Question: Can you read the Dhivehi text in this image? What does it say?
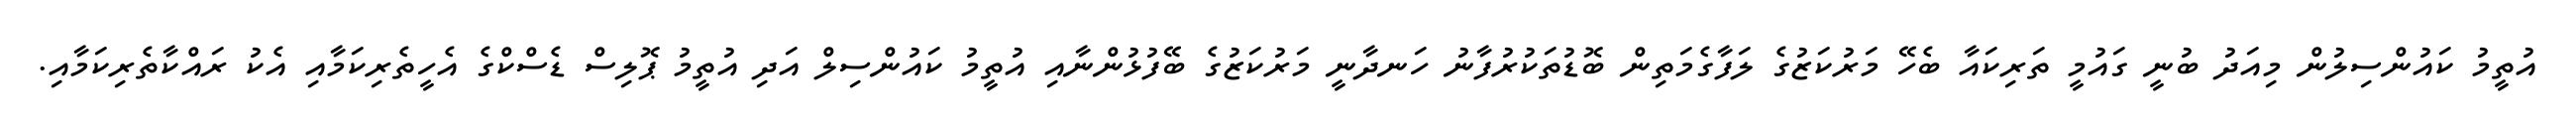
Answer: އުތީމު ކައުންސިލުން މިއަދު ބުނީ ގައުމީ ތަރިކައާ ބެހޭ މަރުކަޒުގެ ލަފާގެމަތިން ބޮޑުތަކުރުފާނު ހަނދާނީ މަރުކަޒުގެ ބޭފުޅުންނާއި އުތީމު ކައުންސިލް އަދި އުތީމު ޕޮލިސް ޑެސްކްގެ އެހީތެރިކަމާއި އެކު ރައްކާތެރިކަމާއި.